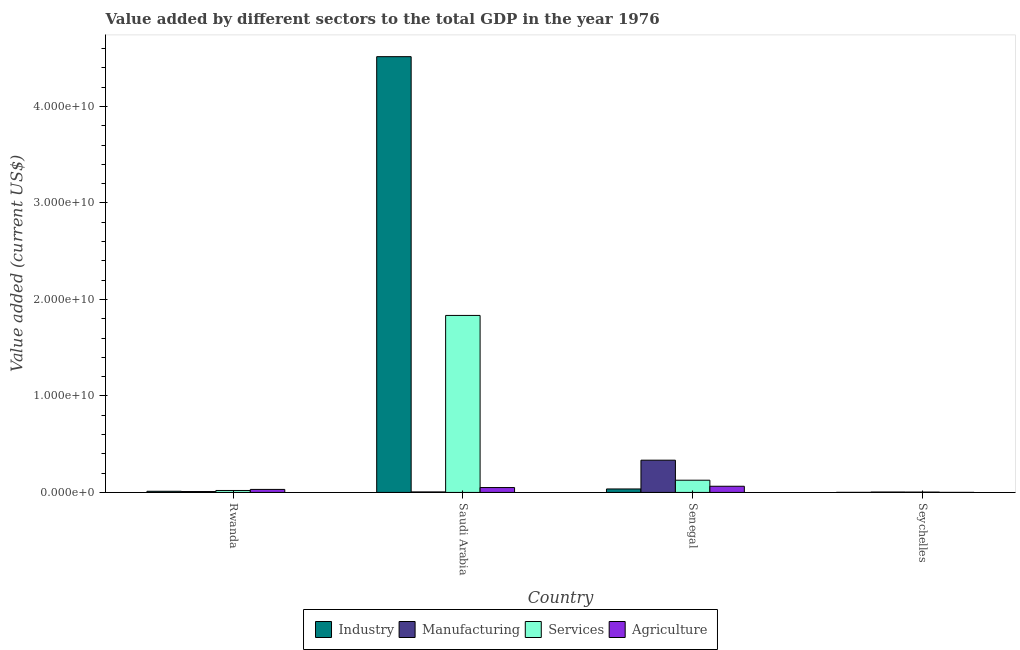
| Country | Industry | Manufacturing | Services | Agriculture |
 | --- | --- | --- | --- | --- |
 | Rwanda | 1.21e+08 | 9.06e+07 | 2.03e+08 | 3.14e+08 |
 | Saudi Arabia | 4.52e+10 | 5.29e+07 | 1.83e+10 | 5.07e+08 |
 | Senegal | 3.6e+08 | 3.34e+09 | 1.27e+09 | 6.41e+08 |
 | Seychelles | 7.99e+06 | 4.31e+07 | 3.65e+07 | 4.74e+06 |